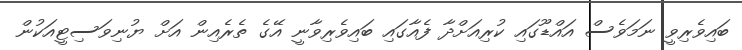
ބައިވެރިވީ ނަމަވެސް އައްޑޫގައި ކުރިއަށްދާ ފެއާގައި ބައިވެރިވާނީ އޭގެ ތެރެއިން އަށް ޔުނިވަސިޓީއަކުން